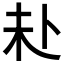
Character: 𪟾